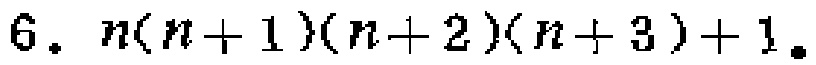
$6.\ n(n + 1)(n + 2)(n + 3)+1.$